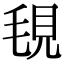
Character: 覒